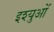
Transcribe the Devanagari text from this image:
इश्युओं